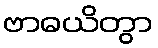
ဗာဓယိတွာ